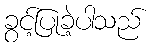
ခွင့်ပြုခဲ့ပါသည်